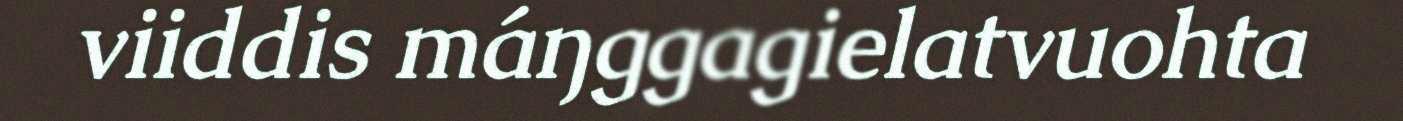
viiddis máŋggagielatvuohta